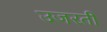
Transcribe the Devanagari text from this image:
उजरती